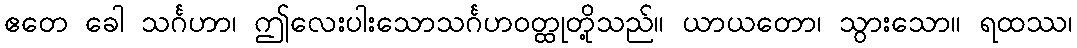
ဧတေ ခေါ သင်္ဂဟာ၊ ဤလေးပါးသောသင်္ဂဟဝတ္ထုတို့သည်။ ယာယတော၊ သွားသော။ ရထဿ၊